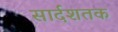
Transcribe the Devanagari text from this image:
सार्दशतक